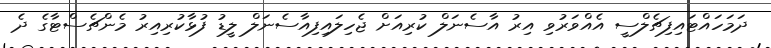
ދަމަހައްޓައިފިޗެލްސީ އެއްވަރުވި އިރު އާސެނަލް ކުރިއަށް ޖެހިލައިފިއާސެނަލް ލީޑު ފުޅާކުރިއިރު މެންޗެސްޓާގެ ދެ